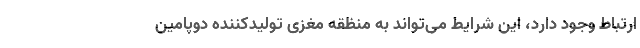
ارتباط وجود دارد، این شرایط می‌تواند به منظقه مغزی تولیدکننده دوپامین